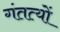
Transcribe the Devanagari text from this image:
गंतत्‍यों